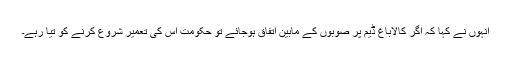
انہوں نے کہا کہ اگر کالاباغ ڈیم پر صوبوں کے مابین اتفاق ہوجائے تو حکومت اس کی تعمیر شروع کرنے کو تیا رہے۔